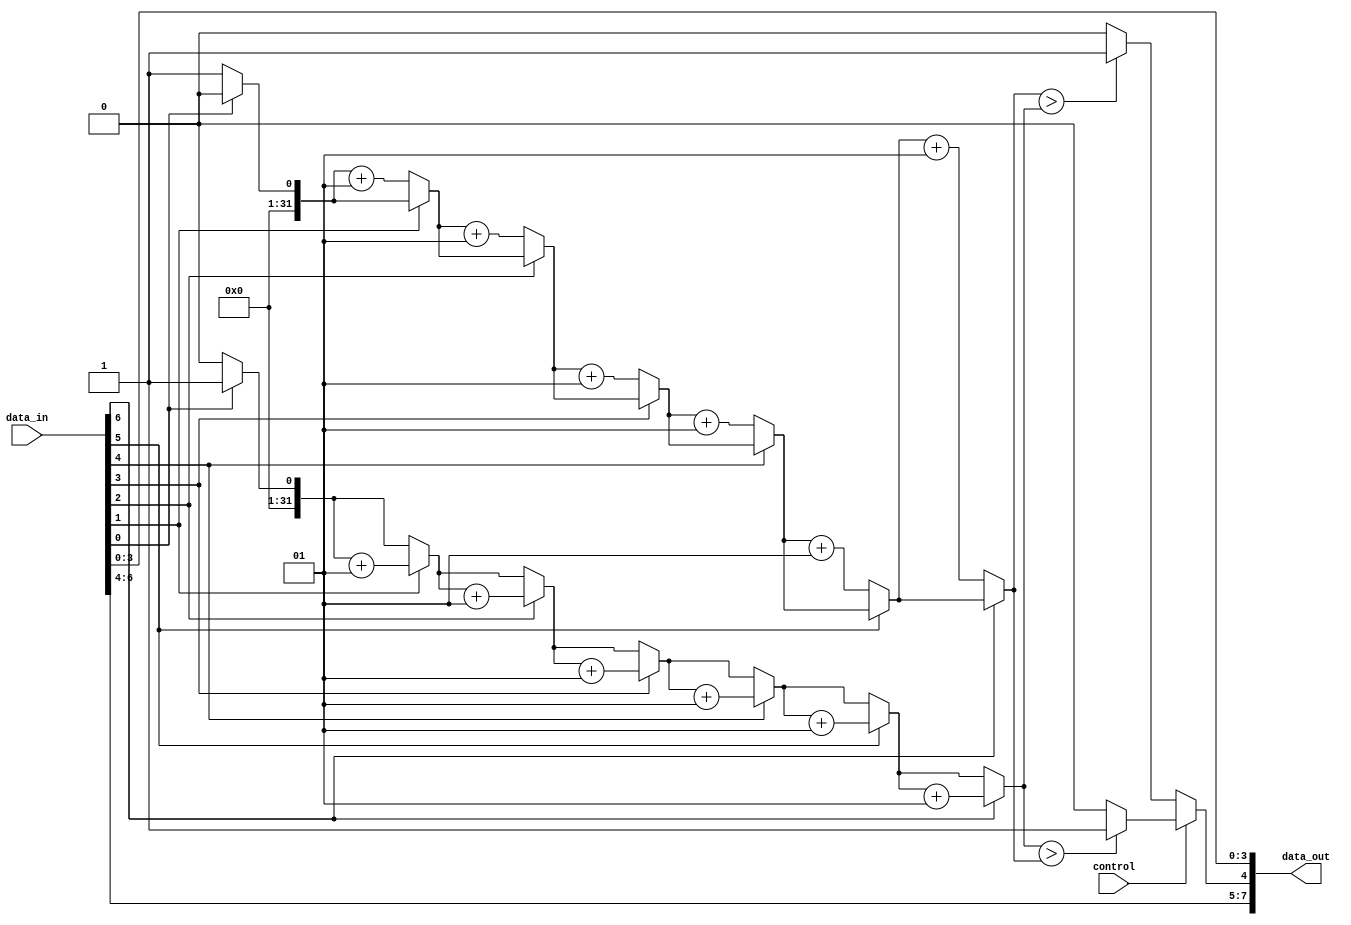
module stavka_a (
	data_in, control, data_out
);
	
	input [6:0] data_in;
	input control;

	output reg [7:0] data_out;

	integer zero_counter;
	integer one_counter;

	integer i;

	reg desired_output_bit;

	always @(*) begin
		// $display("dut_data_in = %b, dut_control = %b", data_in, control);		
		zero_counter = 0;
		one_counter = 0;

		for (i = 0; i < 7; i = i + 1) begin
			if(data_in[i] == 1'b0) 
				zero_counter = zero_counter + 1;
			else
				one_counter = one_counter + 1;
		end
		// $display("zero_counter = %d, one_counter = %d", zero_counter, one_counter);		

		if(control == 1'b0) begin
			if(zero_counter > one_counter)
				desired_output_bit = 1'b1;
			else 
				desired_output_bit = 1'b0;
		end
		else begin
			if(one_counter > zero_counter)
				desired_output_bit = 1'b1;
			else 
				desired_output_bit = 1'b0;
		end

		data_out = {data_in[6:4], desired_output_bit, data_in[3:0]};

	end


endmodule